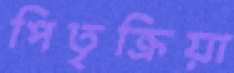
পিতৃক্রিয়া